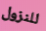
للنزول